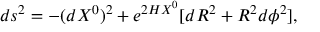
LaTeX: d s ^ { 2 } = - ( d X ^ { 0 } ) ^ { 2 } + e ^ { 2 H X ^ { 0 } } [ d R ^ { 2 } + R ^ { 2 } d \phi ^ { 2 } ] ,